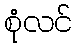
စုံလင်